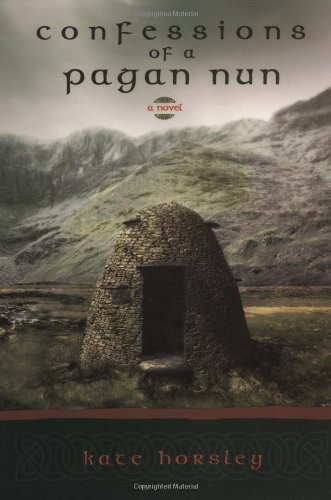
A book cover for Confessions of a Pagan Nun: A Novel; Kate Horsley; Christian Books & Bibles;